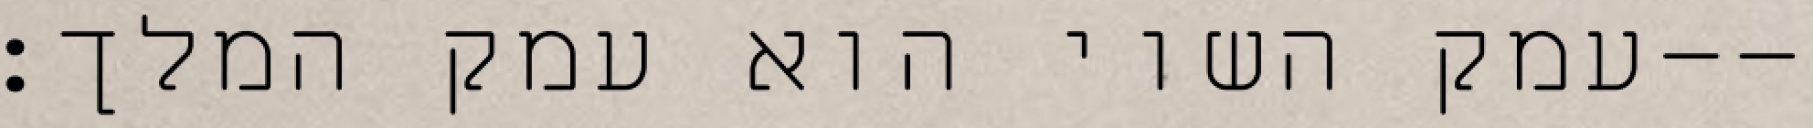
עמק השוי הוא עמק המלך׃--